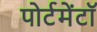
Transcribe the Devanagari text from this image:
पोर्टमेंटॉ